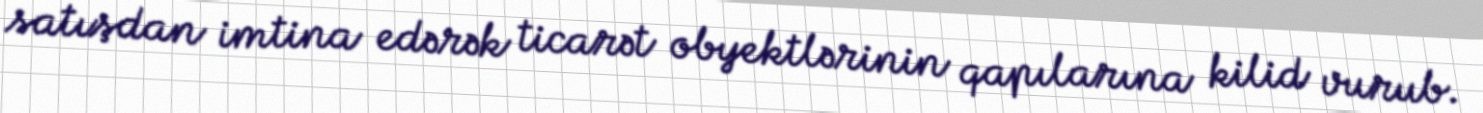
satışdan imtina edərək ticarət obyektlərinin qapılarına kilid vurub.